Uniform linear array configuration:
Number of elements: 16
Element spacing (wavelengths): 0.25
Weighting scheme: cosine
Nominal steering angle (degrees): -60
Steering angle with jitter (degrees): -59.547
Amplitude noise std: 0.05
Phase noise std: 0.05

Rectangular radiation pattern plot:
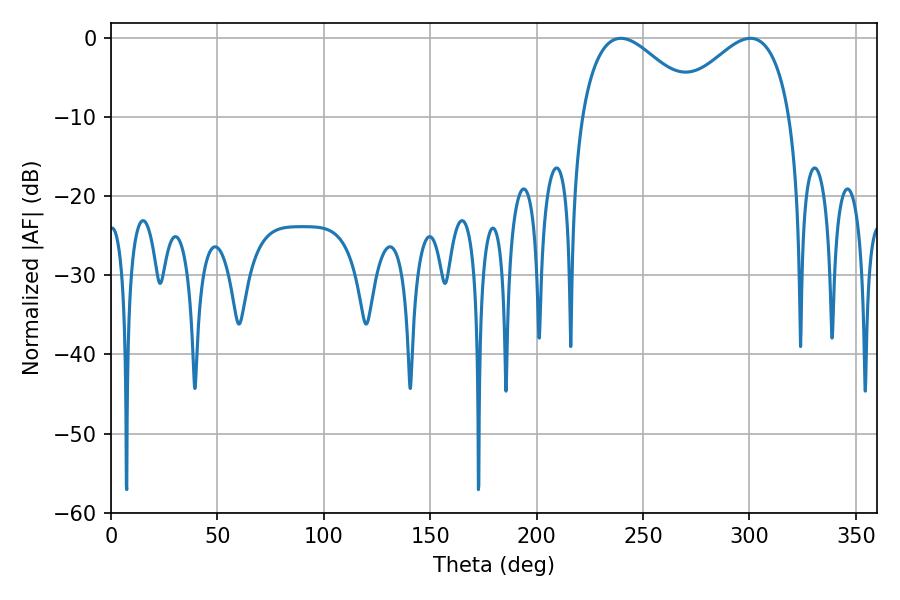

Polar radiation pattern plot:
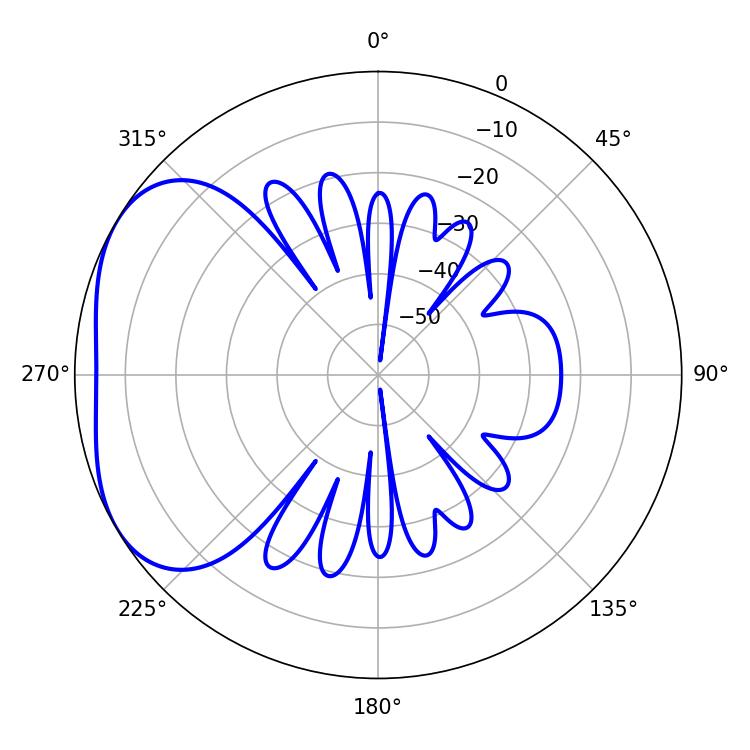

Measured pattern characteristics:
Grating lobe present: FALSE
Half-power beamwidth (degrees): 30.06
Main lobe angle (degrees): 239.58